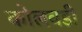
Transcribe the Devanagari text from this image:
कोलवडी